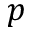
p